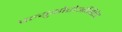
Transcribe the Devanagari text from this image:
फ्ल्युओरोअसिटेट